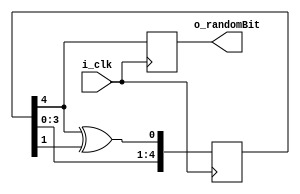
module lfsrTest (input i_clk,
            output reg o_randomBit);

reg [4:0] r_shiftRegister = 5'b00001;

always @(posedge i_clk) 
begin
    r_shiftRegister <= {r_shiftRegister[3:0], r_shiftRegister[4] ^r_shiftRegister[1]};
    o_randomBit <= r_shiftRegister[4];    
end

endmodule